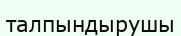
талпындырушы